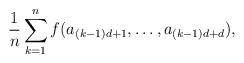
LaTeX: \begin{align*}\frac{1}{n} \sum_{k=1}^n f(a_{(k-1) d +1},\ldots, a_{(k-1) d +d}),\end{align*}